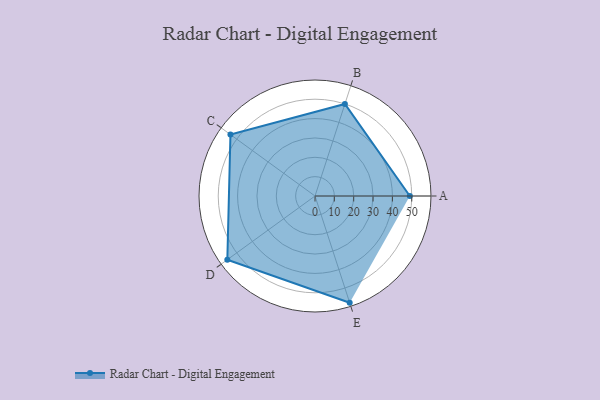
{"axis": {"x": "Skill", "y": "Score"}, "legend": ["Profile"], "data": [{"x": "A", "y": 49.0, "type": "Profile"}, {"x": "B", "y": 50.0, "type": "Profile"}, {"x": "C", "y": 54.0, "type": "Profile"}, {"x": "D", "y": 56.0, "type": "Profile"}, {"x": "E", "y": 58.0, "type": "Profile"}]}